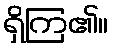
ရှိကြ၏။